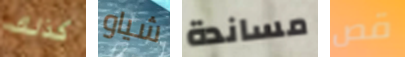
كذلك شياو مساندة قص